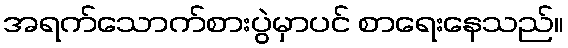
အရက်သောက်စားပွဲမှာပင် စာရေးနေသည်။